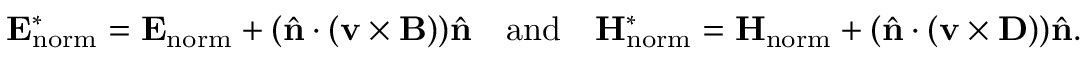
\mathbf { E } _ { \mathrm { n o r m } } ^ { * } = \mathbf { E } _ { \mathrm { n o r m } } + ( \hat { \mathbf { n } } \cdot ( \mathbf { v } \times \mathbf { B } ) ) \hat { \mathbf { n } } \quad \mathrm { a n d } \quad \mathbf { H } _ { \mathrm { n o r m } } ^ { * } = \mathbf { H } _ { \mathrm { n o r m } } + ( \hat { \mathbf { n } } \cdot ( \mathbf { v } \times \mathbf { D } ) ) \hat { \mathbf { n } } .